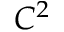
C ^ { 2 }